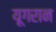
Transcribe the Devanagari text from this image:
यूगरान